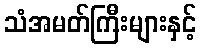
သံအမတ်ကြီးများနှင့်